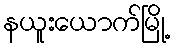
နယူးယောက်မြို့